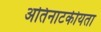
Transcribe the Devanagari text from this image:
अतिनाटकीयता